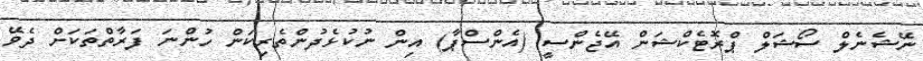
ނޭޝެނެލް ސޯޝަލް ޕްރޮޓެކްޝަން އޭޖެންސީ (އެންސްޕާ) އިން ނުކުޅެދުންތެރިކަން ހުންނަ ފަރާތްތަކަށް ދެވޭ